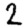
Digit: 2